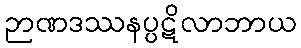
ဉာဏဒဿနပ္ပဋိလာဘာယ